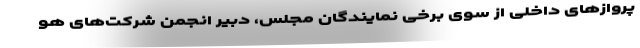
پروازهای داخلی از سوی برخی نمایندگان مجلس، دبیر انجمن شرکت‌های هو